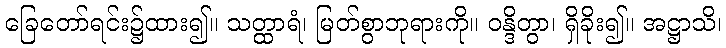
ခြေတော်ရင်း၌ထား၍။ သတ္ထာရံ၊ မြတ်စွာဘုရားကို။ ဝန္ဒိတွာ၊ ရှိခိုး၍။ အဋ္ဌာသိ၊